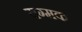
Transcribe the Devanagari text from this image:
यग्मक